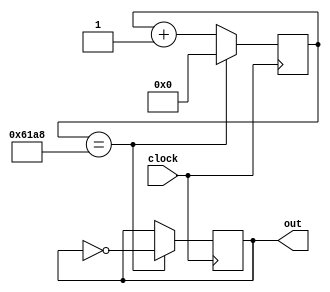
module Clock_divider(input clock, output reg out);
	reg [16:0] toggle;
	always@(posedge clock) begin
		if(toggle == 25000) begin
			out <= ~out;
			toggle <= 0;
		end
		else begin
			toggle <= toggle + 1;
		end
	end
endmodule
	
	
module Clock_divider1sec(input clock, output reg out);
	reg [24:0] toggle;
	always@(posedge clock) begin
		if(toggle == 25000000) begin
			out <= ~out;
			toggle <= 0;
		end
		else begin
			toggle <= toggle + 1;
		end
	end
endmodule